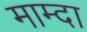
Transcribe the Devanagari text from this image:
माम्दा